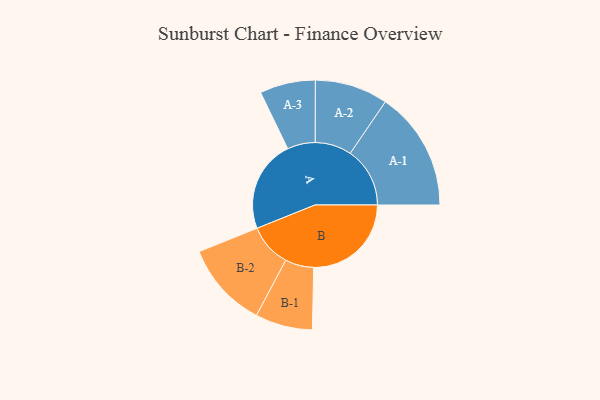
{"axis": {"x": "Segment", "y": "Value"}, "legend": ["", "A", "B"], "data": [{"x": "A", "y": 454, "type": ""}, {"x": "B", "y": 481, "type": ""}, {"x": "A-1", "y": 294, "type": "A"}, {"x": "A-2", "y": 180, "type": "A"}, {"x": "A-3", "y": 137, "type": "A"}, {"x": "B-1", "y": 141, "type": "B"}, {"x": "B-2", "y": 212, "type": "B"}]}